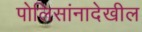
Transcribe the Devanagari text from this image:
पोलिसांनादेखील